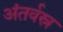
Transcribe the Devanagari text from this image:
अंतर्वस्र